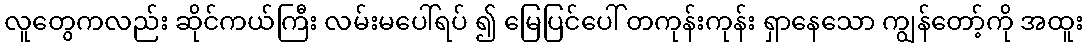
လူတွေကလည်း ဆိုင်ကယ်ကြီး လမ်းမပေါ်ရပ် ၍ မြေပြင်ပေါ် တကုန်းကုန်း ရှာနေသော ကျွန်တော့်ကို အထူး